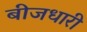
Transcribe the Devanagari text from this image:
बीजधारी